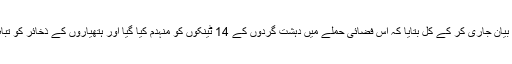
فوج نے ایک بیان جاری کر کے کل بتایا کہ اس فضائی حملے میں دہشت گردوں کے 14 ٹینکوں کو منہدم کیا گیا اور ہتھیاروں کے ذخائر کو تباہ کیا گیا ہے ۔